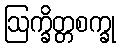
ဩက္ခိတ္တစက္ခု